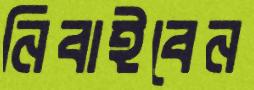
নিবাইবেন